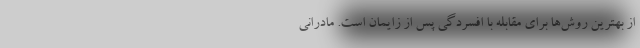
از بهترین روش‌ها برای مقابله با افسردگی پس از زایمان است. مادرانی